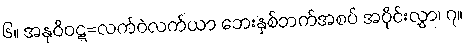
၆။ အနုဝိဝဋ္ဋ=လက်ဝဲလက်ယာ ဘေးနှစ်ဘက်အစပ် အပိုင်းလွှာ၊ ၇။